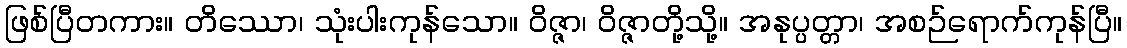
ဖြစ်ပြီတကား။ တိဿော၊ သုံးပါးကုန်သော။ ဝိဇ္ဇာ၊ ဝိဇ္ဇာတို့သို့။ အနုပ္ပတ္တာ၊ အစဉ်ရောက်ကုန်ပြီ။